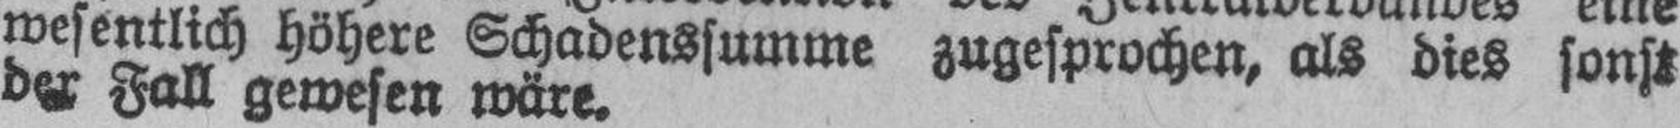
wesentlich höhere Schadenssumme zugesprochen, als dies sonst